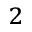
_ 2